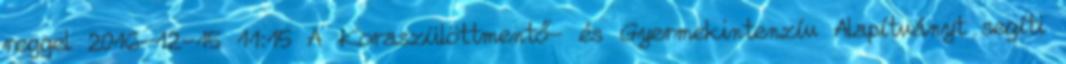
reggel 2016-12-15 11:15 A Koraszülöttmentő- és Gyermekintenzív Alapítványt segíti